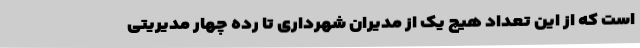
است که از این تعداد هیچ یک از مدیران شهرداری تا رده چهار مدیریتی